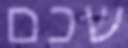
שכם